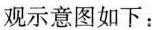
观示意图如下：